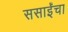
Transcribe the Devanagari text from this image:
ससाईंचा